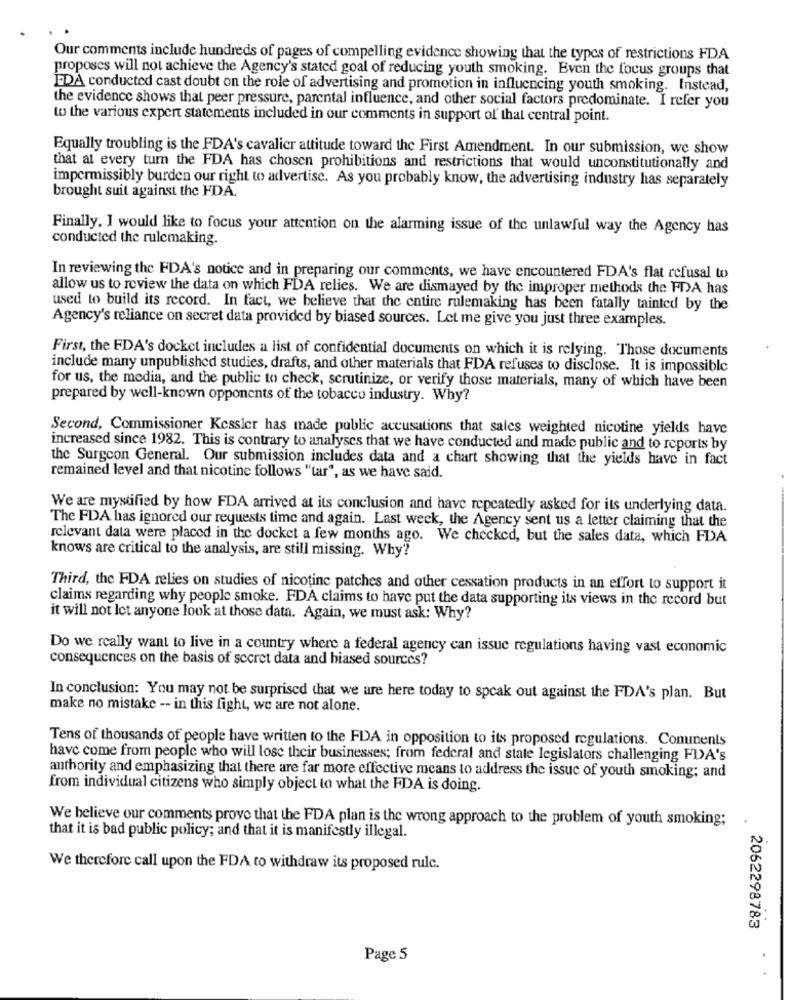
Our comments include hundreds of pages of compelling evidence showing that the types of restrictions FDA
proposes will not achieve the Agency's stated goal of reducing youth smoking. Even the focus groups that
EDA conducted cast doubt on the role of advertising and promotion in influencing youth smoking. Instead,
the evidence shows that peer pressure, parental influence, and other social factors predominate. I refer you
to the various expert statements included in our comments in support of that central point.
Equally troubling is the FDA's cavalier attitude toward the First Amendment. In our submission, we show
that at every turn the FDA has chosen prohibitions and restrictions that would unconstitutionally and
impermissibly burden our right to advertise. As you probably know, the advertising industry has separately
brought suit against the FDA.
Finally, I would like to focus your attention on the alarming issue of the unlawful way the Agency has
conducted the rulemaking.
In reviewing the FDA's notice and in preparing our comments, we have encountered FDA's flat refusal to
allow us to review the data on which FDA relies. We are dismayed by the improper methods the FDA has
used to build its record. In fact, we believe that the entire rulemaking has been fatally tainted by the
Agency's reliance on secret data provided by biased sources. Let me give you just three examples.
First, the FDA's docket includes a list of confidential documents on which it is relying. Those documents
include many unpublished studies, drafts, and other materials that FDA refuses to disclose. It is impossible
for us, the media, and the public to check, scrutinize, or verify those materials, many of which have been
prepared by well-known opponents of the tobacco industry. Why?
Second, Commissioner Kessler has made public accusations that sales weighted nicotine yields have
increased since 1982. This is contrary to analyses that we have conducted and made public and to reports by
the Surgeon General. Our submission includes data and a chart showing that the yields have in fact
remained level and that nicotine follows "tar", as we have said.
We are mystified by how FDA arrived at its conclusion and have repeatedly asked for its underlying data.
The FDA has ignored our requests time and again. Last week, the Agency sent us a letter claiming that the
relevant data were placed in the docket a few months ago. We checked, but the sales data, which FDA
knows are critical to the analysis, are still missing. Why?
Third, the FDA relies on studies of nicotine patches and other cessation products in an effort to support it
claims regarding why people smoke. FDA claims to have put the data supporting its views in the record but
it will not let anyone look at those data. Again, we must ask: Why?
Do we really want to live in a country where a federal agency can issue regulations having vast economic
consequences on the basis of secret data and biased sources?
In conclusion: You may not be surprised that we are here today to speak out against the FDA's plan. But
make no mistake -- in this fight, we are not alone.
Tens of thousands of people have written to the FDA in opposition to its proposed regulations. Conunents
have come from people who will lose their businesses; from federal and state legislators challenging FIA's
authority and emphasizing that there are far more effective means to address the issue of youth smoking; and
from individual citizens who simply object to what the FDA is doing.
We believe our comments prove that the FDA plan is the wrong approach to the problem of youth smoking;
that it is bad public policy; and that it is manifestly illegal.
We therefore call upon the FDA to withdraw its proposed rulc.
2062298783
Page 5